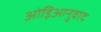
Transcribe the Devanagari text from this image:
ओड़िआनुवाद